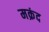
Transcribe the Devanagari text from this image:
मक्रंद